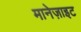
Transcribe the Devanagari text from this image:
मानेज़ाइट